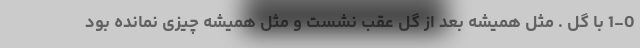
1-0 با گل . مثل همیشه بعد از گل عقب نشست و مثل همیشه چیزی نمانده بود